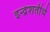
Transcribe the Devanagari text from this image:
इन्द्रेशतीर्थ